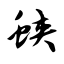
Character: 蛱